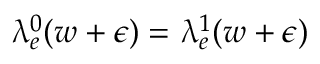
\uplambda _ { e } ^ { 0 } ( w + \epsilon ) = \uplambda _ { e } ^ { 1 } ( w + \epsilon )